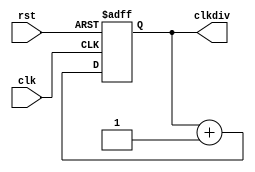
`timescale 1ns / 1ps
//////////////////////////////////////////////////////////////////////////////////
// Company: 
// Engineer: 
// 
// Design Name: 
// Module Name:    clkdiv 
// Project Name: 
// Target Devices: 
// Tool versions: 
// Description: 
//
// Dependencies: 
//
// Revision: 
// Revision 0.01 - File Created
// Additional Comments: 
//
//////////////////////////////////////////////////////////////////////////////////
module clkdiv(input clk,
			input rst,
			output reg [31:0] clkdiv
    );
	always @(posedge clk or posedge rst)
	begin
		if (rst) clkdiv<=0;
		else clkdiv<=clkdiv+1;
	end
endmodule